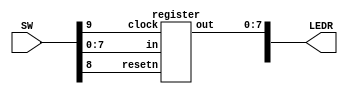
`timescale 1ns / 1ps
`default_nettype none

module top(SW, LEDR);
	input [9:0]SW;
	output [9:0]LEDR;

	register u0(SW[7:0], SW[9], SW[8], LEDR[7:0]);

endmodule

module register(in, clock, resetn, out);
	input [7:0]in;
	input clock, resetn;
	output reg [7:0]out;
	
	always@(posedge clock) 
	begin
		if(resetn == 1'b0)
			out <= 8'b00000000;
		else
			out <= in;
	end
	
endmodule